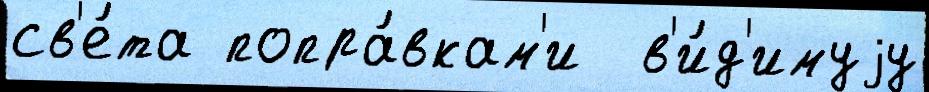
св'е́та попра́вкам'и  в'и́д'имуjу